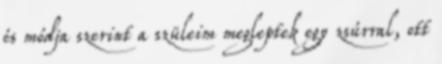
és módja szerint a szüleim megleptek egy zsúrral, ott